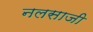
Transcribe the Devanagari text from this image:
नलसाजी